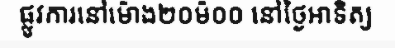
ផ្លូវការនៅម៉ោង២០ម៉០០ នៅថ្ងៃអាទិត្យ